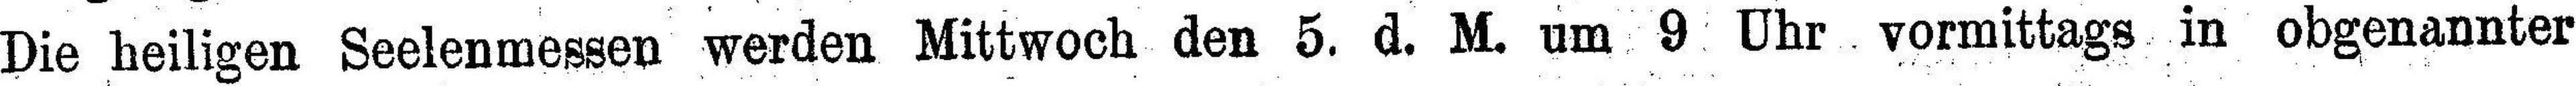
Die heiligen Seelenmessen werden Mittwoch den 5. d. M. um 9 Uhr vormittags in obgenannter